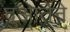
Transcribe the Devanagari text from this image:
दुआर्तेने